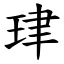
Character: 珒